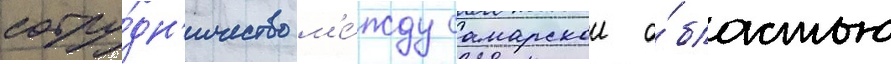
сотру́дн'ичество м'е́жду самарскои о́бластью